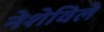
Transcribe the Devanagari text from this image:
नेशेविले